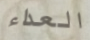
العداء